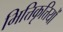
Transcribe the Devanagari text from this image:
भित्तिकृत्तियों